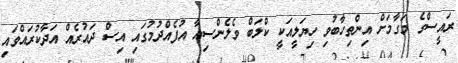
ރައީސްގެ މަގާމަށް އިންތިހާބުވި ހިޔަލީއަކީ ކްލަބް ވެލެންސިއާ އުފެއްދުމުގައި އިސް ދައުރެއް އަދާކުރައްވައި